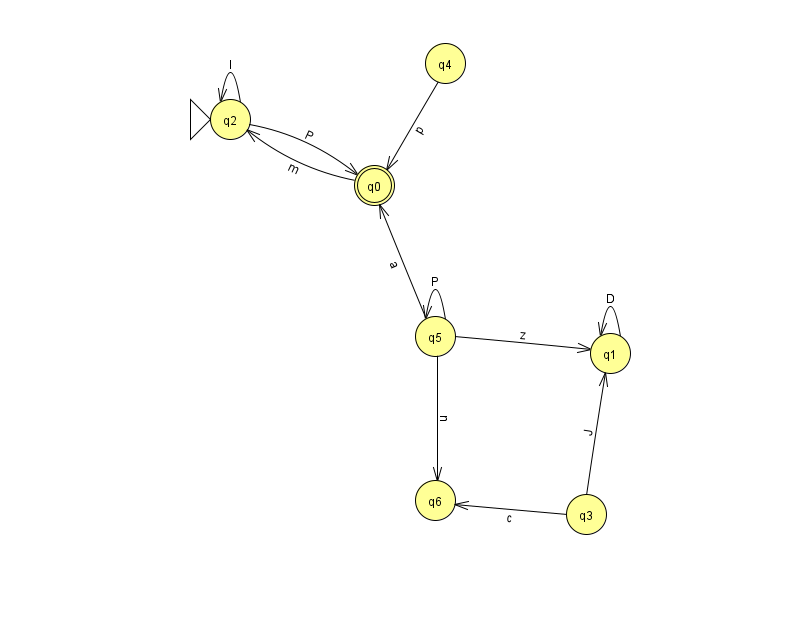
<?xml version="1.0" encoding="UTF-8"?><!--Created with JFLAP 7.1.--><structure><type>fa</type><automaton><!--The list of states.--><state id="0" name="q0"><x>374.0</x><y>172.0</y><final/></state><state id="1" name="q1"><x>610.0</x><y>340.0</y></state><state id="2" name="q2"><x>230.0</x><y>106.0</y><initial/></state><state id="3" name="q3"><x>586.0</x><y>501.0</y></state><state id="4" name="q4"><x>445.0</x><y>50.0</y></state><state id="5" name="q5"><x>435.0</x><y>323.0</y></state><state id="6" name="q6"><x>435.0</x><y>487.0</y></state><!--The list of transitions.--><transition><from>5</from><to>5</to><read>P</read></transition><transition><from>2</from><to>0</to><read>P</read></transition><transition><from>3</from><to>1</to><read>J</read></transition><transition><from>1</from><to>1</to><read>D</read></transition><transition><from>0</from><to>2</to><read>m</read></transition><transition><from>2</from><to>2</to><read>l</read></transition><transition><from>4</from><to>0</to><read>p</read></transition><transition><from>5</from><to>0</to><read>a</read></transition><transition><from>5</from><to>6</to><read>n</read></transition><transition><from>3</from><to>6</to><read>c</read></transition><transition><from>5</from><to>1</to><read>z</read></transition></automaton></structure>